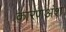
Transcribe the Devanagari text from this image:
कारणअंश